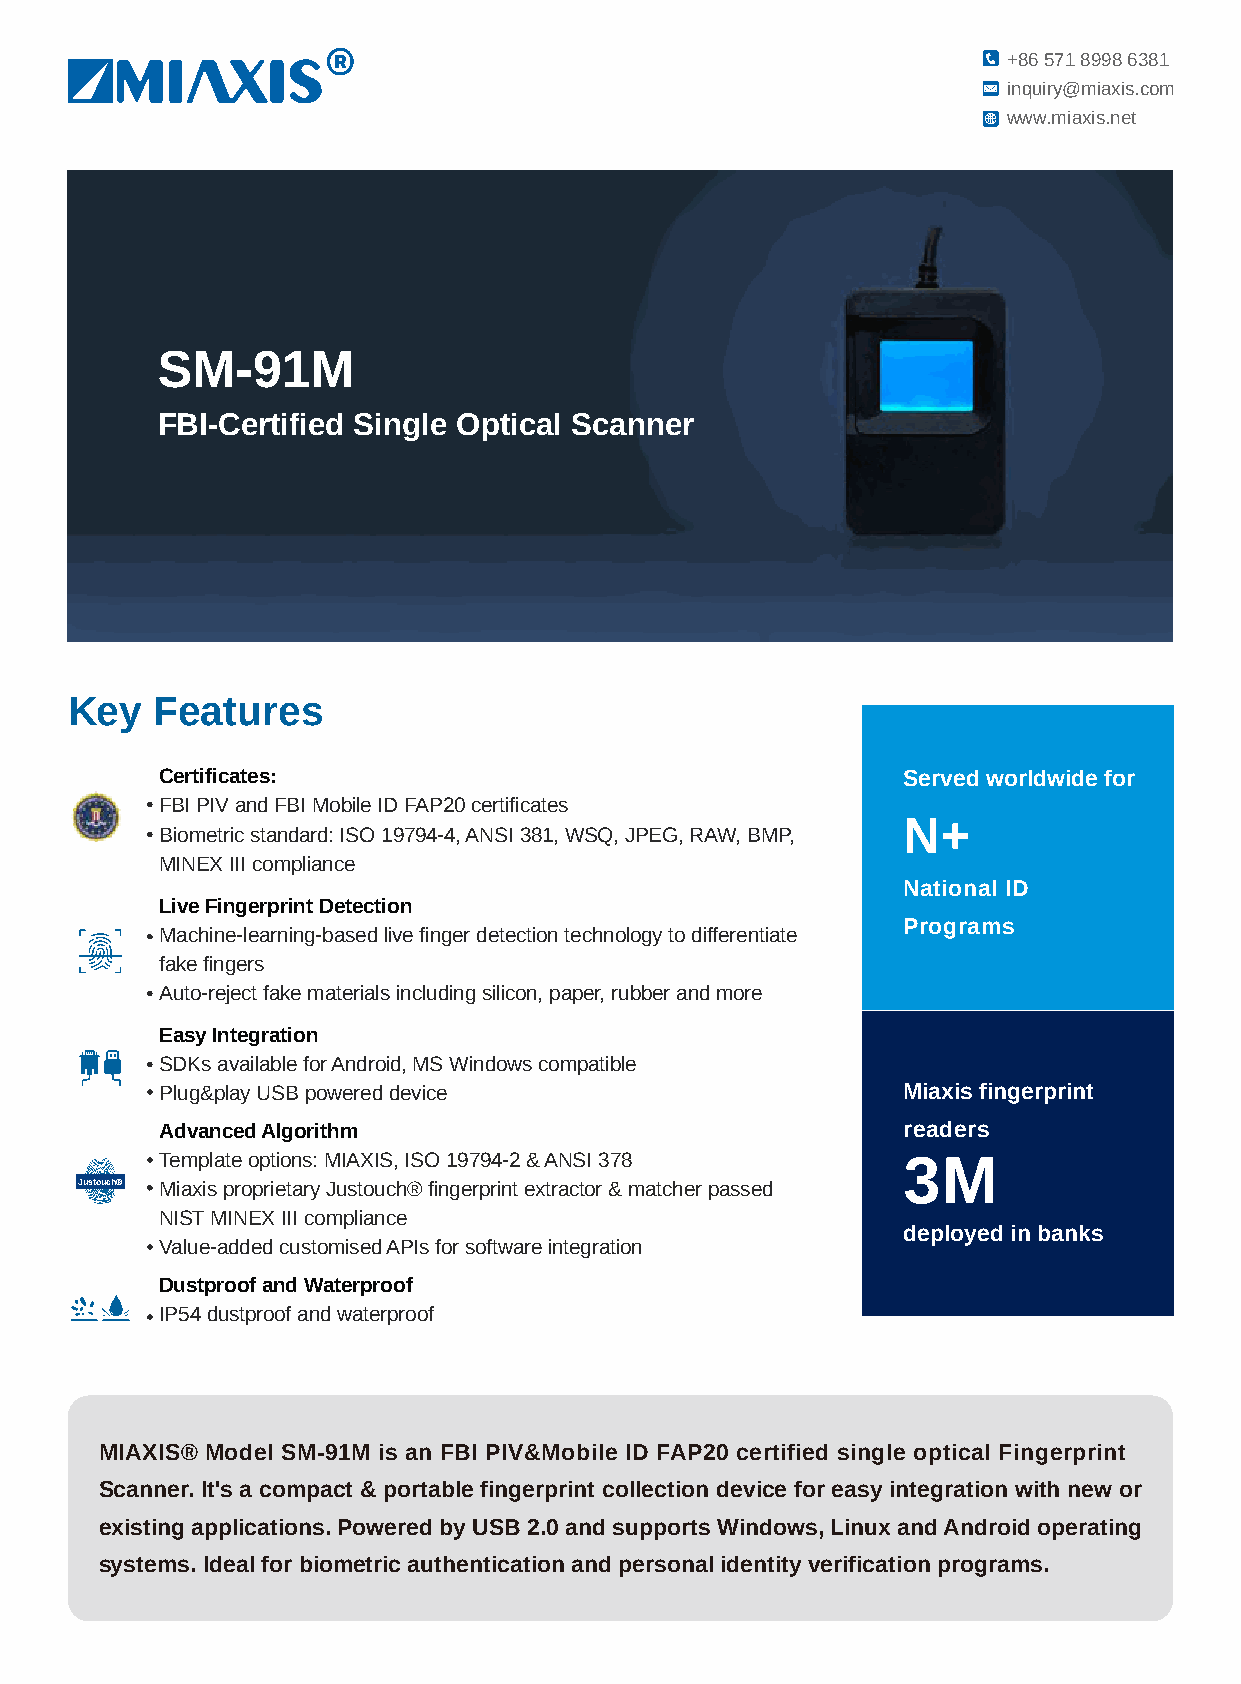
+86 571 8998 6381
 inquiry@miaxis.com
 www.miaxis.net
 SM-91M
 FBI-Certified Single Optical Scanner
 Key   Features
 Certificates:                                    Served worldwide for
 FBI PIV and FBI Mobile ID FAP20 certificates
 Biometric standard: ISO 19794-4, ANSI 381, WSQ, JPEG, RAW, BMP, N+
 MINEX III compliance
 National ID
 Live Fingerprint Detection
 Programs
 Machine-learning-based live finger detection technology to differentiate
 fake fingers
 Auto-reject fake materials including silicon, paper, rubber and more
 Easy Integration
 SDKs available for Android, MS Windows compatible
 Plug&play USB powered device                     Miaxis fingerprint
 Advanced Algorithm                               readers
 Template options: MIAXIS, ISO 19794-2 & ANSI 378
 3M
 Justouch® Miaxis proprietary Justouch® fingerprint extractor & matcher passed
 NIST MINEX III compliance
 deployed in banks
 Value-added customised APIs for software integration
 Dustproof and Waterproof
 IP54 dustproof and waterproof
 MIAXIS® Model SM-91M is an FBI PIV&Mobile ID FAP20 certified single optical Fingerprint
 Scanner. It's a compact & portable fingerprint collection device for easy integration with new or
 existing applications. Powered by USB 2.0 and supports Windows, Linux and Android operating
 systems. Ideal for biometric authentication and personal identity verification programs.